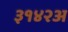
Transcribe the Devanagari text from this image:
३१४२अ